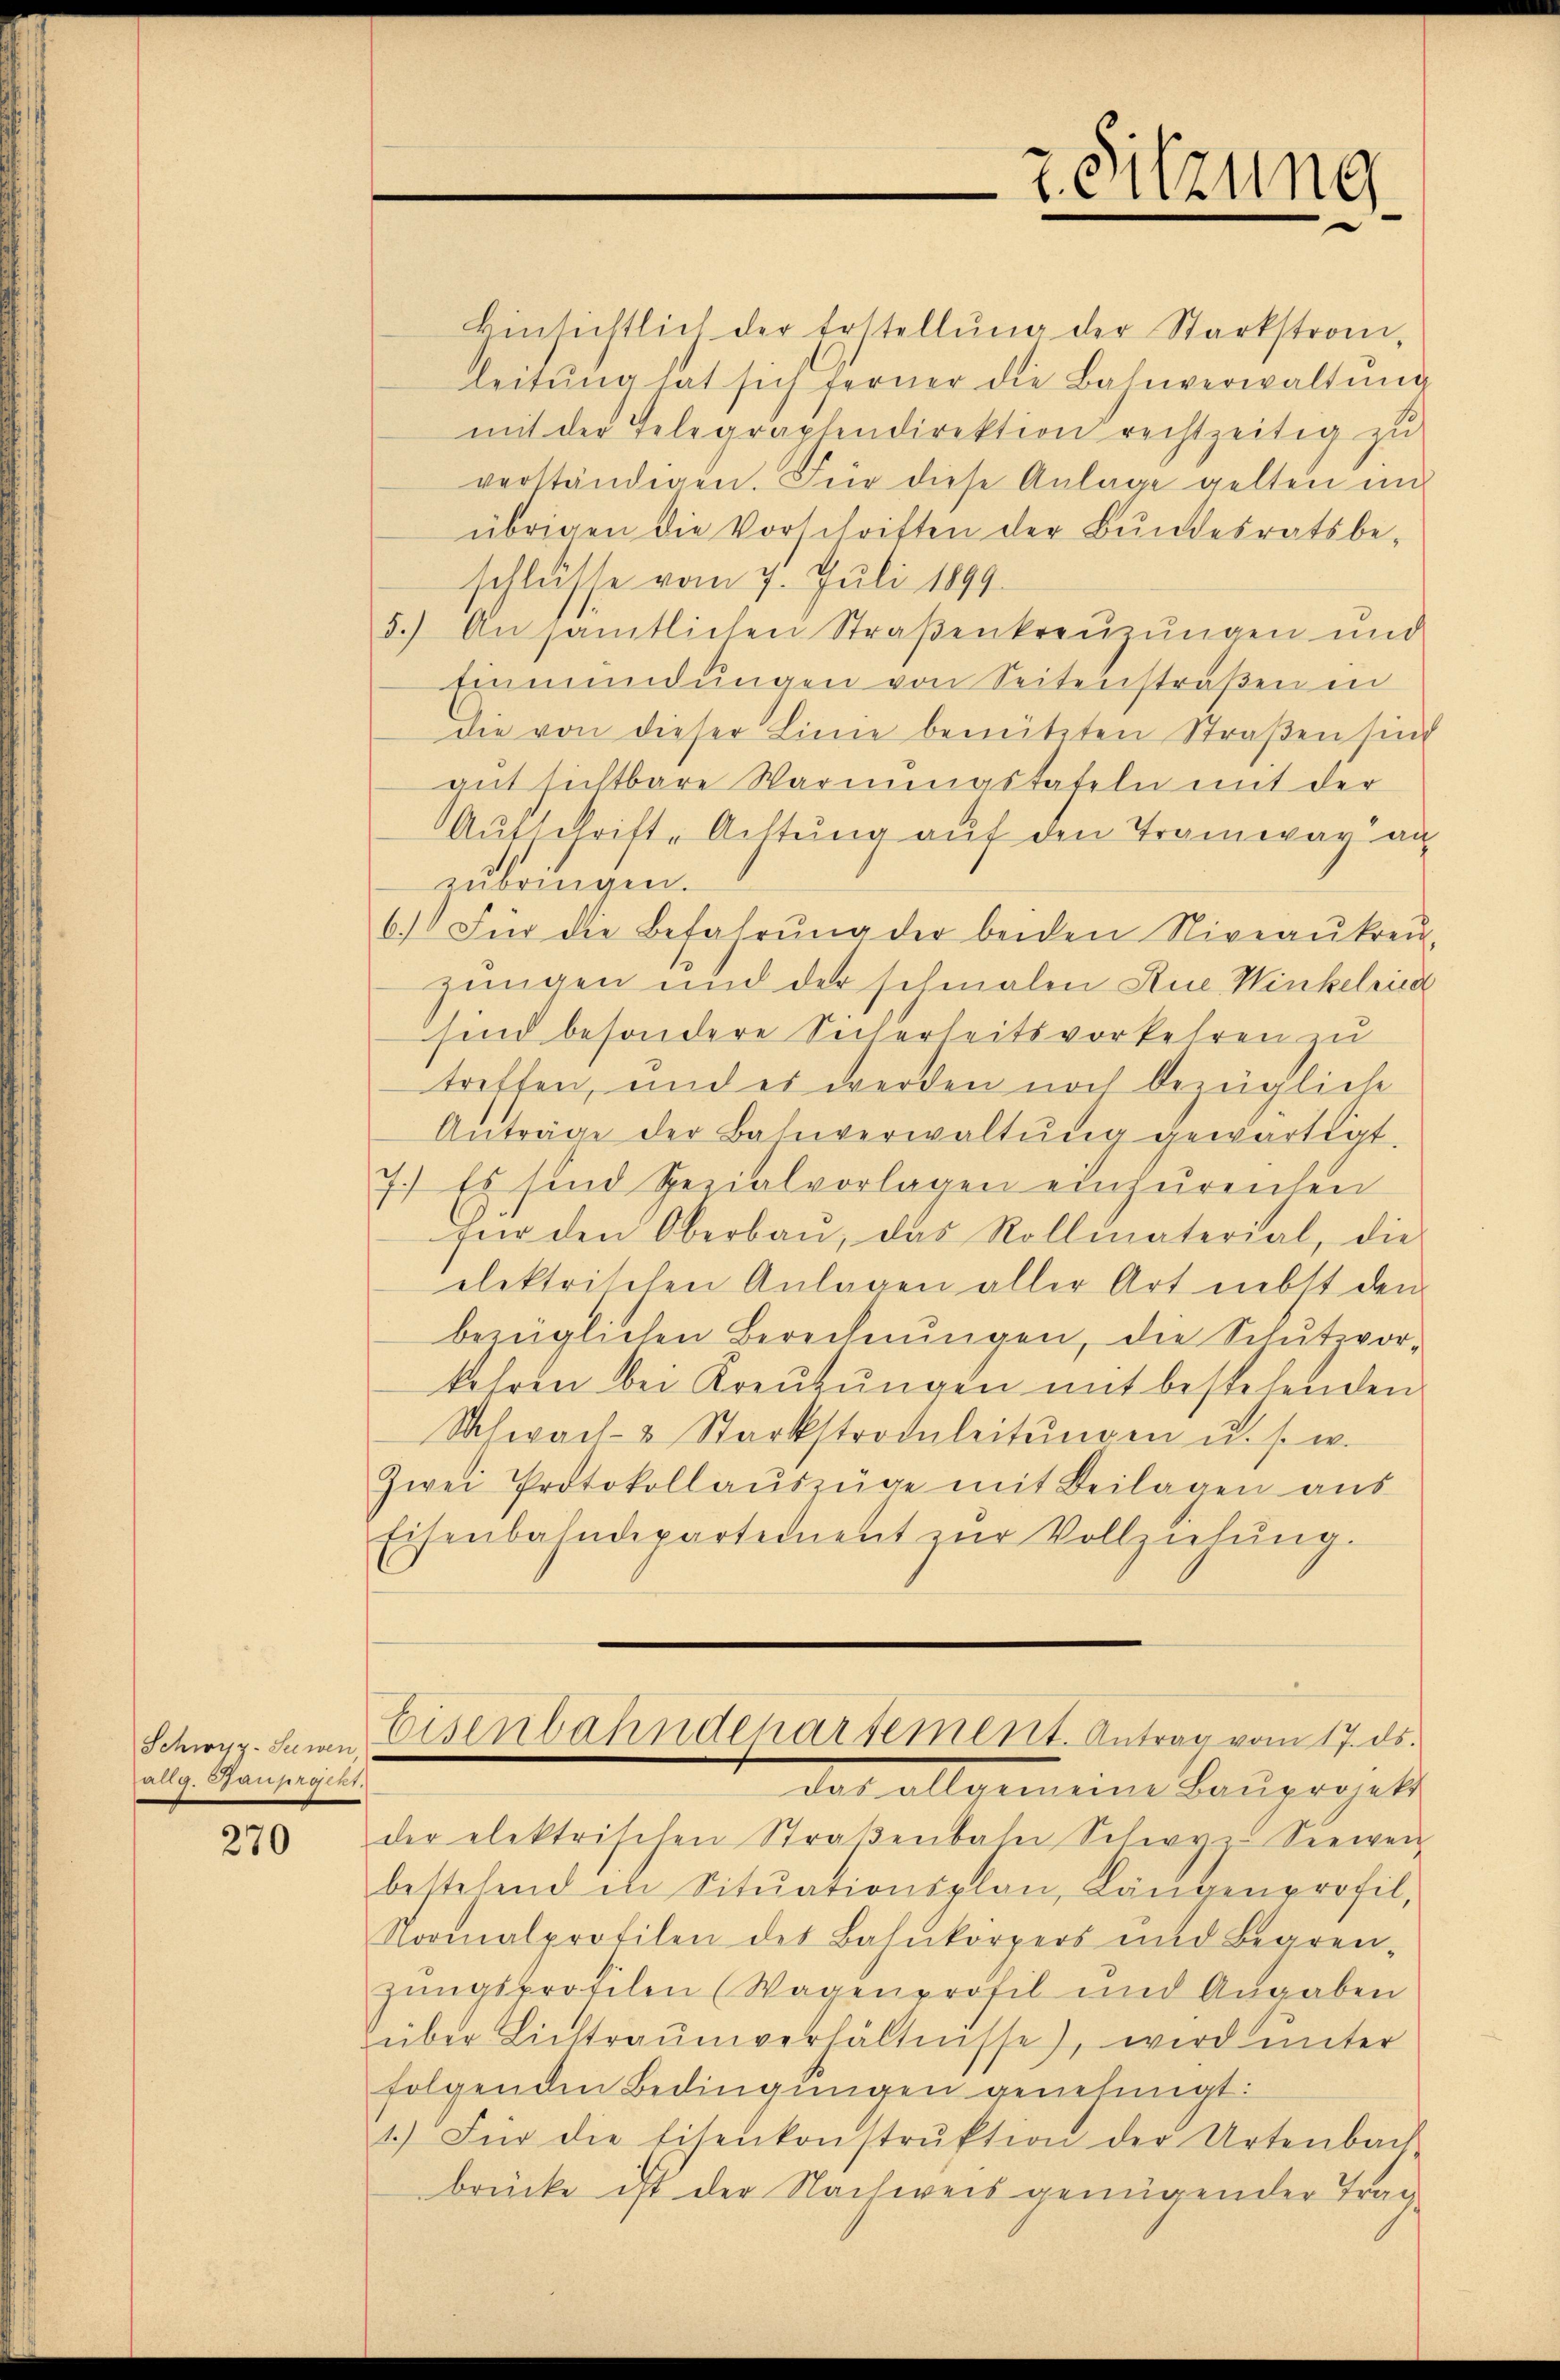
allg. Bauprojekt.

270

Einsichtlich der Erstellŭng der Starkstron,
leitŭng hat sich ferner die Bahnverwaltŭng
mit der Telegraphendirektion rechtzeitig zu
verständigen. Für diese Anlage gelten und
übrigen die Vorschriften der Bundesratsbe-
schlüsse vom 7. Juli 1899.
5.) An sämtlichen Straßenkreuzungen und
Einmündungen von Seitenstraßen in
die von dieser Linie benützten Straßen sind
aufsichtbare Warnungstafeln mit der
Ausschrift. Achtung auf den Tramwar an
zubringen.
6.) Für die Befahrŭng der beiden Niveaŭkreŭ-
zungen und der schmalen Rue Winkelried
sind besondere Sicherheitsverkehren zu
treffen, und es werden noch bezügliche
Anträge der Bahnverwaltŭng gewärtigt.
7.) Es sind Spezialvorlagen einzureichen
Für den Oberbaŭ, das Rollmaterial, die
elektrischen Anlagen aller Art nebst den
bezüglichen Berechnŭngen, die Schutzvor-
kehren bei Kreŭzŭngen mit bestehenden
Schwach- & Starkstrainleitŭngen u. s. w.
Zwei Protokollauszüge mit Beilagen aus
Eisenbahndepartement zŭr Vollziehŭng.
Schwyz. Sein Eisenbahndepartement. Antrag vom 17. ds.
das allgemeine Bauprojekt
der elektrischen Straβenbahn Schwer. Seewen
bestehend in Sitŭationsplan, Längenprofil,
Normalprofilen des Baŭkörpers und Begren-
zungsprofilen (Wagenprofil und Angaben
über Lichtraŭmverhältnisse), wird unter
folgenden Bedingungen genehmigt:
1.) Für die Eisenkonstrŭktion der Artenbach
brücke ist der Nachweis genügender Trag

2. Sitzung